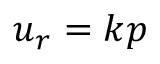
u _ { r } = k p